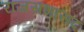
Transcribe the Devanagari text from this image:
राजसभासद